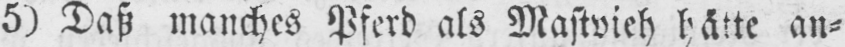
5) Daß manches Pferd als Mastvieh hätte an⸗